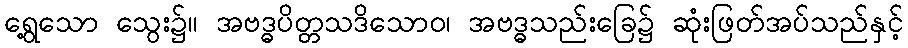
ရွေ့သော သွေး၌။ အဗဒ္ဓပိတ္တသဒိသောဝ၊ အဗဒ္ဓသည်းခြေ၌ ဆုံးဖြတ်အပ်သည်နှင့်